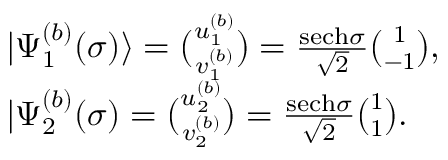
\begin{array} { r l } & { | \Psi _ { 1 } ^ { ( b ) } ( \sigma ) \rangle = \binom { u _ { 1 } ^ { ( b ) } } { v _ { 1 } ^ { ( b ) } } = \frac { \mathrm { s e c h } \sigma } { \sqrt { 2 } } \binom { 1 } { - 1 } , } \\ & { | \Psi _ { 2 } ^ { ( b ) } ( \sigma ) = \binom { u _ { 2 } ^ { ( b ) } } { v _ { 2 } ^ { ( b ) } } = \frac { \mathrm { s e c h } \sigma } { \sqrt { 2 } } \binom { 1 } { 1 } . } \end{array}